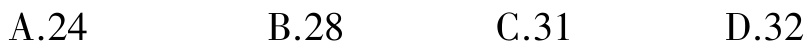
A.24

B.28

C.31

D.32